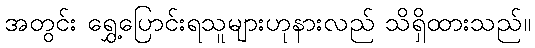
အတွင်း ရွှေ့ပြောင်းရသူများဟုနားလည် သိရှိထားသည်။